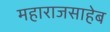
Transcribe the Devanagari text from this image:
महाराजसाहेब